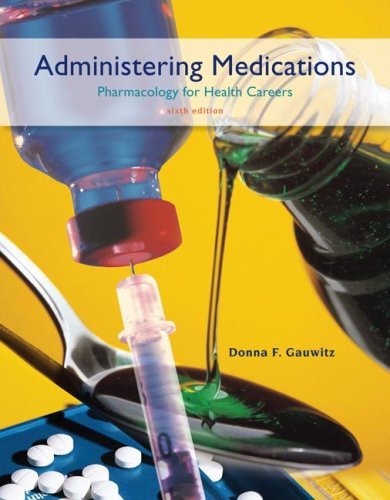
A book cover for Administering Medications 6TH EDITION; Donna Gauwitz; Medical Books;